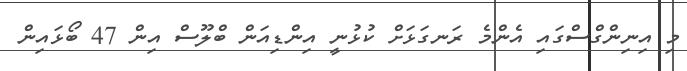
މި އިނިންގްސްގައި އެންމެ ރަނގަޅަށް ކުޅުނީ އިންޑިއަން ބްލޫސް އިން 47 ބޯޅައިން